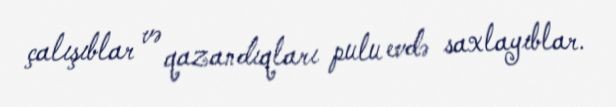
çalışıblar və qazandıqları pulu evdə saxlayıblar.